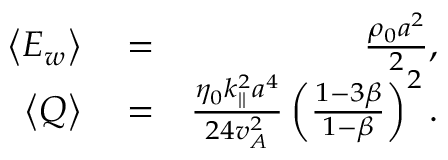
\begin{array} { r l r } { \left< E _ { w } \right> } & { { } = } & { \frac { \rho _ { 0 } a ^ { 2 } } { 2 } , } \\ { \left< Q \right> } & { { } = } & { \frac { \eta _ { 0 } k _ { | | } ^ { 2 } a ^ { 4 } } { 2 4 v _ { A } ^ { 2 } } \left( \frac { 1 - 3 \beta } { 1 - \beta } \right) ^ { 2 } . } \end{array}